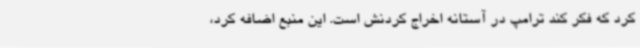
کرد که فکر کند ترامپ در آستانه اخراج کردنش است. این منبع اضافه کرد،